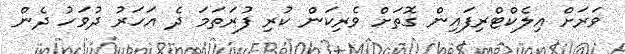
ވަރަށް އިލެކްޓްރިފައިން ގޮތަށް ވެރިކަން ކުރި ފުރަތަމަ ދެ އަހަރު ދުވަހު ދެން